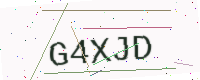
Text: G4XJD